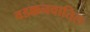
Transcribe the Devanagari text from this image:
वडक्कनवातिल